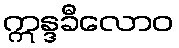
ဣန္ဒခီလောဝ